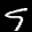
Label: 9